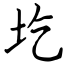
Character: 圪